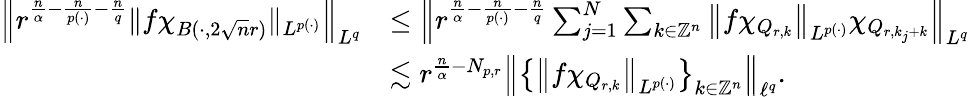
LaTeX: \begin{array}{rl}{\left\| r^{\frac{n}{\alpha}-\frac{n}{p(\cdot)}-\frac{n}{q}}\| f\chi_{B(\cdot,2\sqrt{n}r)}\| _{L^{p(\cdot)}}\right\| _{L^{q}}}&{\le\left\| r^{\frac{n}{\alpha}-\frac{n}{p(\cdot)}-\frac{n}{q}}\sum_{j=1}^{N}\sum_{k\in\mathbb{Z}^{n}}\left\| f\chi_{Q_{r,k}}\right\| _{L^{p(\cdot)}}\chi_{Q_{r,k_{j}+k}}\right\| _{L^{q}}}\\ &{\lesssim r^{\frac{n}{\alpha}-N_{p,r}}\left\| \left\{ \left\| f\chi_{Q_{r,k}}\right\| _{L^{p(\cdot)}}\right\} _{k\in\mathbb{Z}^{n}}\right\| _{\ell^{q}}.}\end{array}